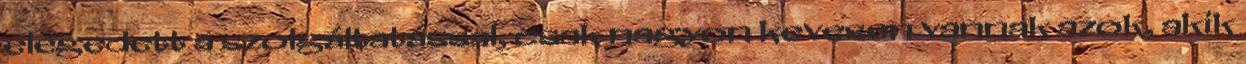
elégedett a szolgáltatással, csak nagyon kevesen vannak azok, akik